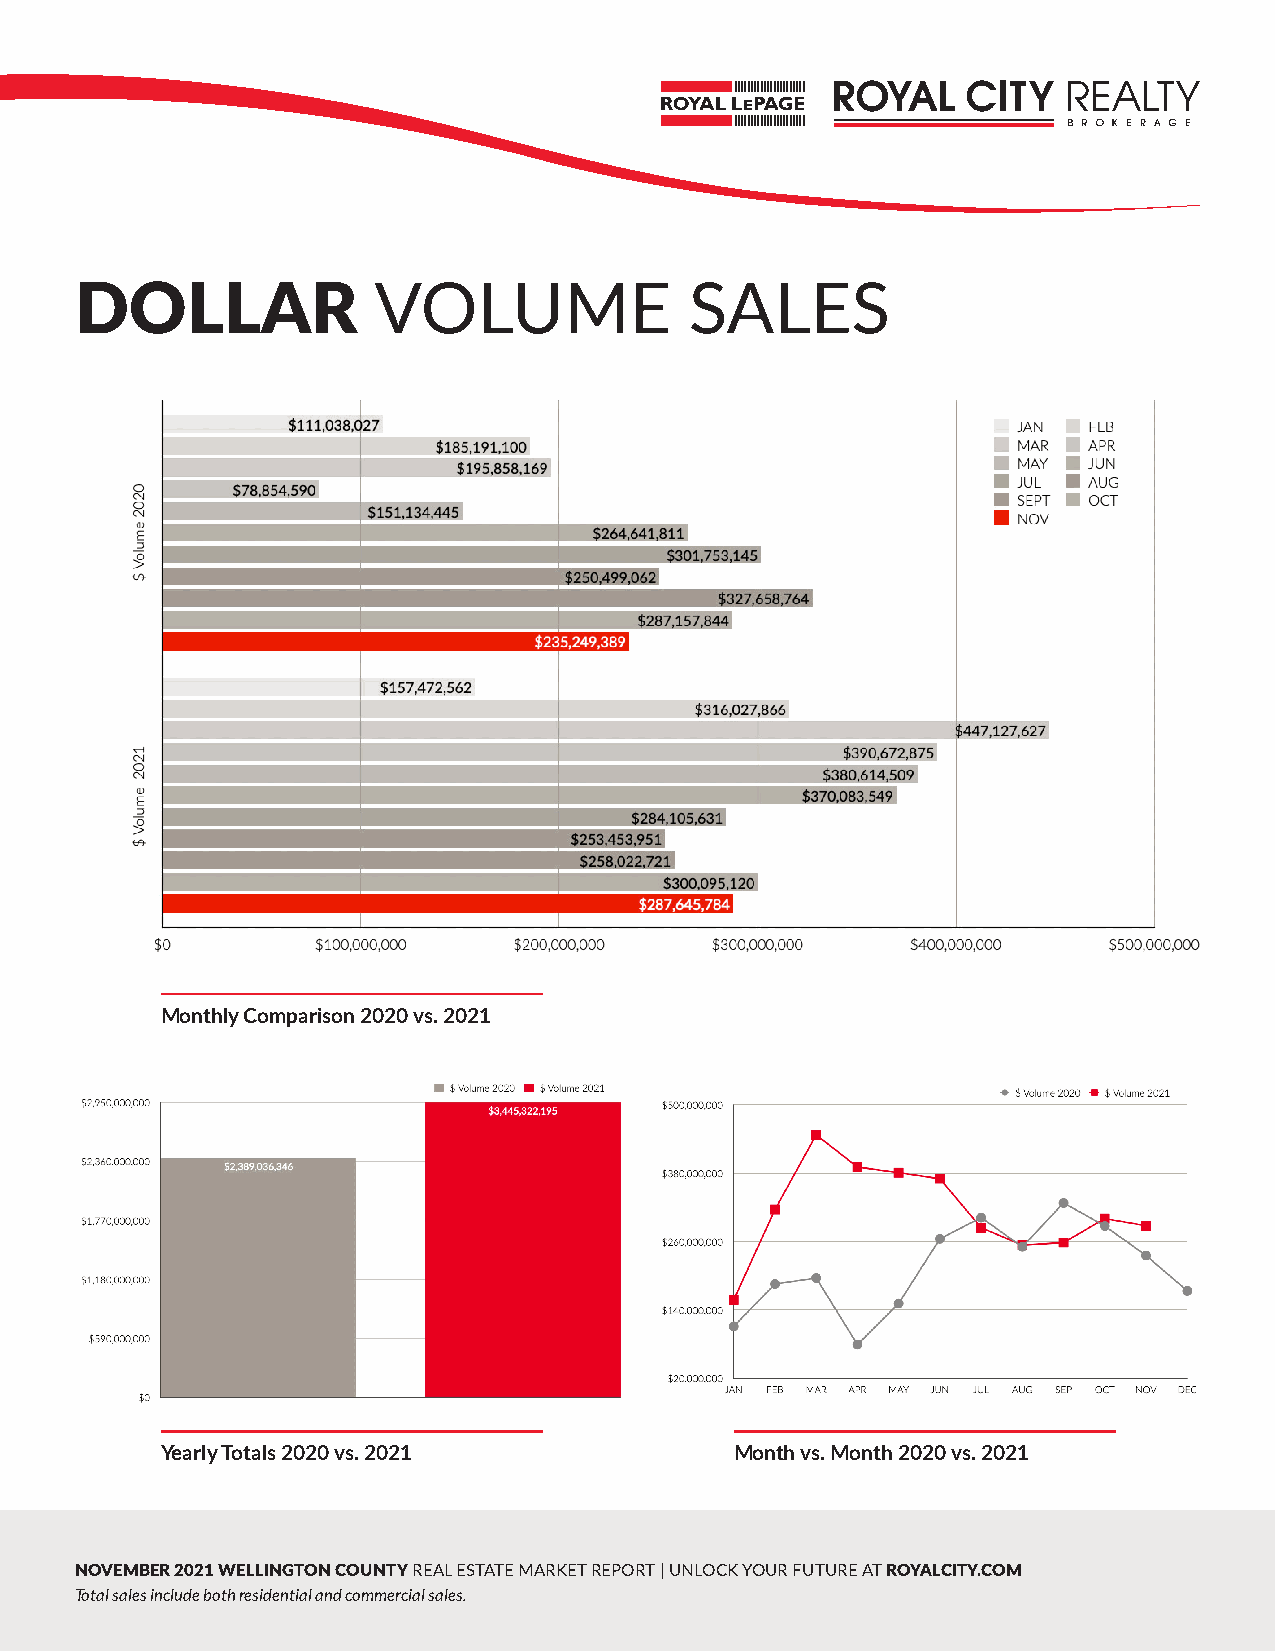
DOLLAR              VOLUME               SALES
 Monthly Comparison 2020 vs. 2021
 Yearly Totals 2020 vs. 2021           Month vs. Month 2020 vs. 2021
 NOVEMBER 2021 WELLINGTON COUNTY REAL ESTATE MARKET REPORT | UNLOCK YOUR FUTURE AT ROYALCITY.COM
 Total sales include both residential and commercial sales.